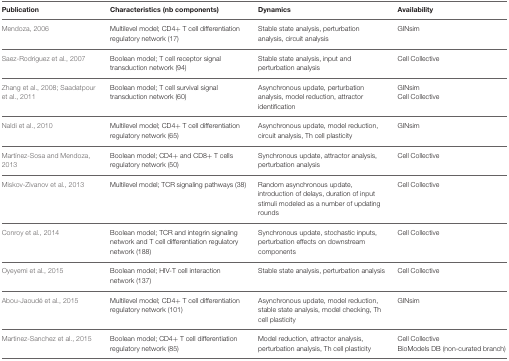
<table><thead><tr><td><b>Publication</b></td><td><b>Characteristics (nb components)</b></td><td><b>Dynamics</b></td><td><b>Availability</b></td></tr></thead><tbody><tr><td>Mendoza, 2006</td><td>Multilevel model; CD4+ T cell differentiation regulatory network (17)</td><td>Stable state analysis, perturbation analysis, circuit analysis</td><td>GINsim</td></tr><tr><td>Saez-Rodriguez et al., 2007</td><td>Boolean model; T cell receptor signal transduction network (94)</td><td>Stable state analysis, input and perturbation analysis</td><td>Cell Collective</td></tr><tr><td>Zhang et al., 2008; Saadatpour et al., 2011</td><td>Boolean model; T cell survival signal transduction network (60)</td><td>Asynchronous update, perturbation analysis, model reduction, attractor identification</td><td>GINsim Cell Collective</td></tr><tr><td>Naldi et al., 2010</td><td>Multilevel model; CD4+ T cell differentiation regulatory network (65)</td><td>Asynchronous update, model reduction, circuit analysis, Th cell plasticity</td><td>GINsim</td></tr><tr><td>Martínez-Sosa and Mendoza, 2013</td><td>Boolean model; CD4+ and CD8+ T cells regulatory network (50)</td><td>Synchronous update, attractor analysis, perturbation analysis</td><td>Cell Collective</td></tr><tr><td>Miskov-Zivanov et al., 2013</td><td>Multilevel model; TCR signaling pathways (38)</td><td>Random asynchronous update, introduction of delays, duration of input stimuli modeled as a number of updating rounds</td><td>Cell Collective</td></tr><tr><td>Conroy et al., 2014</td><td>Boolean model; TCR and integrin signaling network and T cell differentiation regulatory network (188)</td><td>Synchronous update, stochastic inputs, perturbation effects on downstream components</td><td>Cell Collective</td></tr><tr><td>Oyeyemi et al., 2015</td><td>Boolean model; HIV-T cell interaction network (137)</td><td>Stable state analysis, perturbation analysis</td><td>Cell Collective</td></tr><tr><td>Abou-Jaoudé et al., 2015</td><td>Multilevel model; CD4+ T cell differentiation regulatory network (101)</td><td>Asynchronous update, model reduction, stable state analysis, model checking, Th cell plasticity</td><td>GINsim</td></tr><tr><td>Martinez-Sanchez et al., 2015</td><td>Boolean model; CD4+ T cell differentiation regulatory network (85)</td><td>Model reduction, attractor analysis, perturbation analysis, Th cell plasticity</td><td>Cell Collective BioModels DB (non-curated branch)</td></tr></tbody></table>